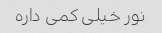
نور خیلی کمی داره